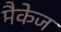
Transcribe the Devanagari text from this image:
मैकेज